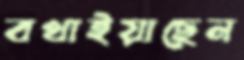
বখাইয়াছেন